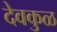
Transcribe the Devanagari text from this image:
देवकुळ